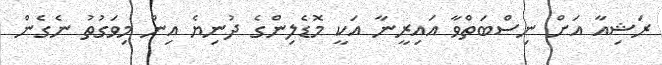
ރަޝިއާ އަށް ނިސްބަތްވާ އައިރީނާ އަކީ މޮޑެލިންގެ ދުނިޔެ އިން މިވަގުތު ނެގެން